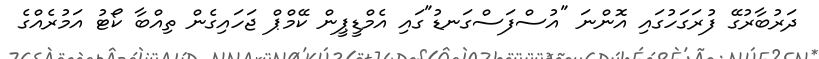
ދަރުބާރުގޭ ފުރަގަހުގައި އޮންނަ "އުސްފަސްގަނޑު"ގައި އެމްޑީޕީން ކޭމްޕް ޖަހައިގެން ތިއްބާ ކޯޓު އަމުރެއްގެ